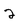
Character: 2